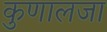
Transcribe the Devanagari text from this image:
कुणालजा